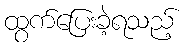
ထွက်ပြေးခဲ့ရသည့်